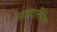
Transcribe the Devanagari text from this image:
अलटर्नेटिव